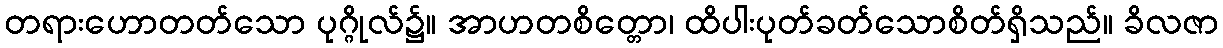
တရားဟောတတ်သော ပုဂ္ဂိုလ်၌။ အာဟတစိတ္တော၊ ထိပါးပုတ်ခတ်သောစိတ်ရှိသည်။ ခိလဇာ